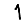
Digit: 1